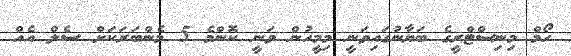
ހޯމް މިނިސްޓްރީގެ ބަޔާނުގައިވަނީ މިމީހުން ވަނީ ކޮންމެ 5 މެންބަރަކަށް ސެލް އެއް